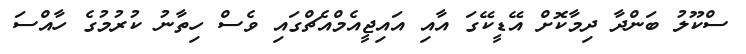
ސްކޫލު ބަންދާ ދިމާކޮށް އޭޑީކޭގަ އާއި އައިޖީއެމްއެޗްގައި ވެސް ހިތާނު ކުރުމުގެ ހާއްސަ